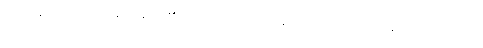
(၁) အနည်းငယ်သာ ဟောပြော၏၊ အကြောင်းအကျိုးနှင့်လည်းမစပ်ယှဉ်၊ ပရိသတ် ကလည်း